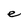
Character: e